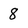
Character: 8